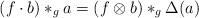
LaTeX: \begin{align*}(f \cdot b) \ast_g a = (f \otimes b) \ast_g \Delta(a)\end{align*}